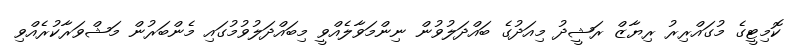
ކޮމިޓީގެ މުގައްރިރު ރިޔާޒް ރަޝީދު މިއަދުގެ ބައްދަލުވުން ނިންމަވާލެއްވީ މިބައްދަލުވުމުގައި މެންބަރުން މަޝްވަރާކުރެއްވި